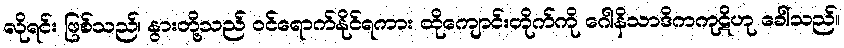
လိုရင်း ဖြစ်သည်၊ နွားတို့သည် ဝင်ရောက်နိုင်ရကား ထိုကျောင်းတိုက်ကို ဂေါနိသာဒိကကုဋိဟု ခေါ်သည်။